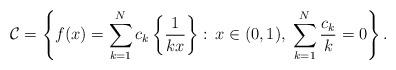
LaTeX: \begin{align*}\mathcal{C}=\left\{ f(x) = \sum_{k=1}^N c_k \left\{\frac{1}{kx}\right\}:\, x \in (0,1), \; \sum_{k=1}^N \frac{c_k}{k} =0 \right\}.\end{align*}